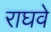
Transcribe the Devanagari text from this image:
राघवे